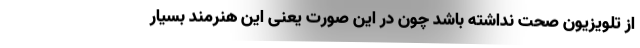
از تلویزیون صحت نداشته باشد چون در این‌ صورت یعنی این هنرمند بسیار